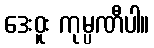
ဒေးဝူး ကုမ္ပဏီပါ။